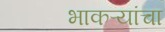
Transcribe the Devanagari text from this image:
भाकऱ्यांचा